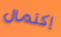
إكتمال